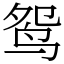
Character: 鸳